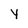
Character: Y